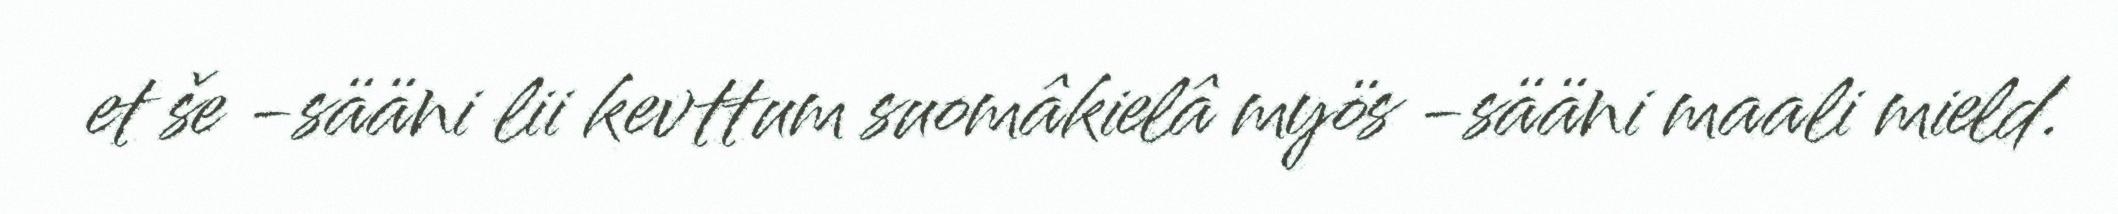
et še -sääni lii kevttum suomâkielâ myös -sääni maali mield.